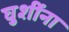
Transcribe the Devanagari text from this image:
घुशींना